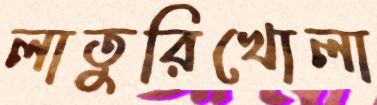
লাতুরিখোলা